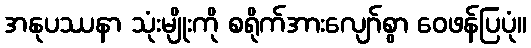
အနုပဿနာ သုံးမျိုးကို စရိုက်အားလျော်စွာ ဝေဖန်ပြပုံ။